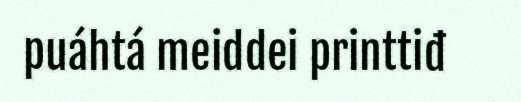
puáhtá meiddei printtiđ